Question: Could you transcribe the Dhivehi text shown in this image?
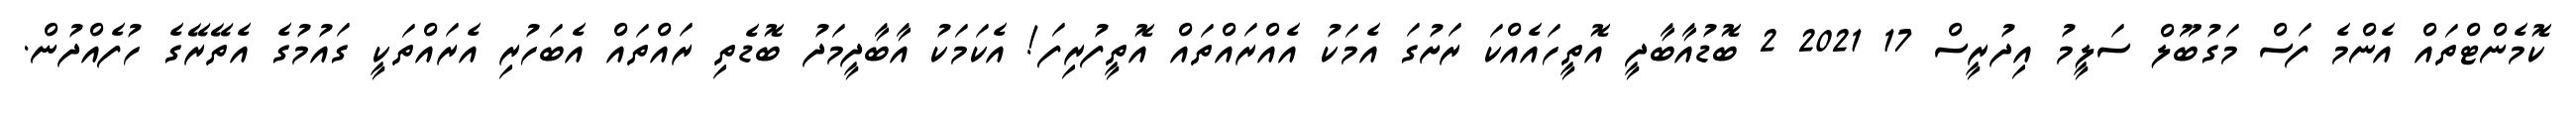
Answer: ކޮމެންޓްތައް އެންމެ ފަސް މަގުބޫލް ސަލީމު އިދުރީސް 17 2021 2 ބޮޑުއާބާދީ އޮތީހައެއްކަ ރަށުގަ އެމަކު އެއްރައްތައް އޮތީފުރިފަ! އެކަމަކު އާބާދީމަދު ބޮޑެތި ރައްތައް އެބަހުރި އެރައްތަކީ ގައުމުގެ އެތޭރޭގެ ހުފެއްދުން.